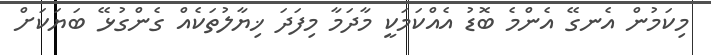
މިކަމުން އެނގޭ އެންމެ ބޮޑު އެއްކަމަކީ މާދަމާ މިފަދަ ޚިޔާލުތަކެއް ގެންގުޅޭ ބަޔަކަށް